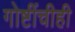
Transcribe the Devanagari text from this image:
गोष्टींचीही